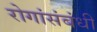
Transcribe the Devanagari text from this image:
रोगांसंबंधी